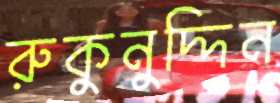
রুকুনুদ্দিন